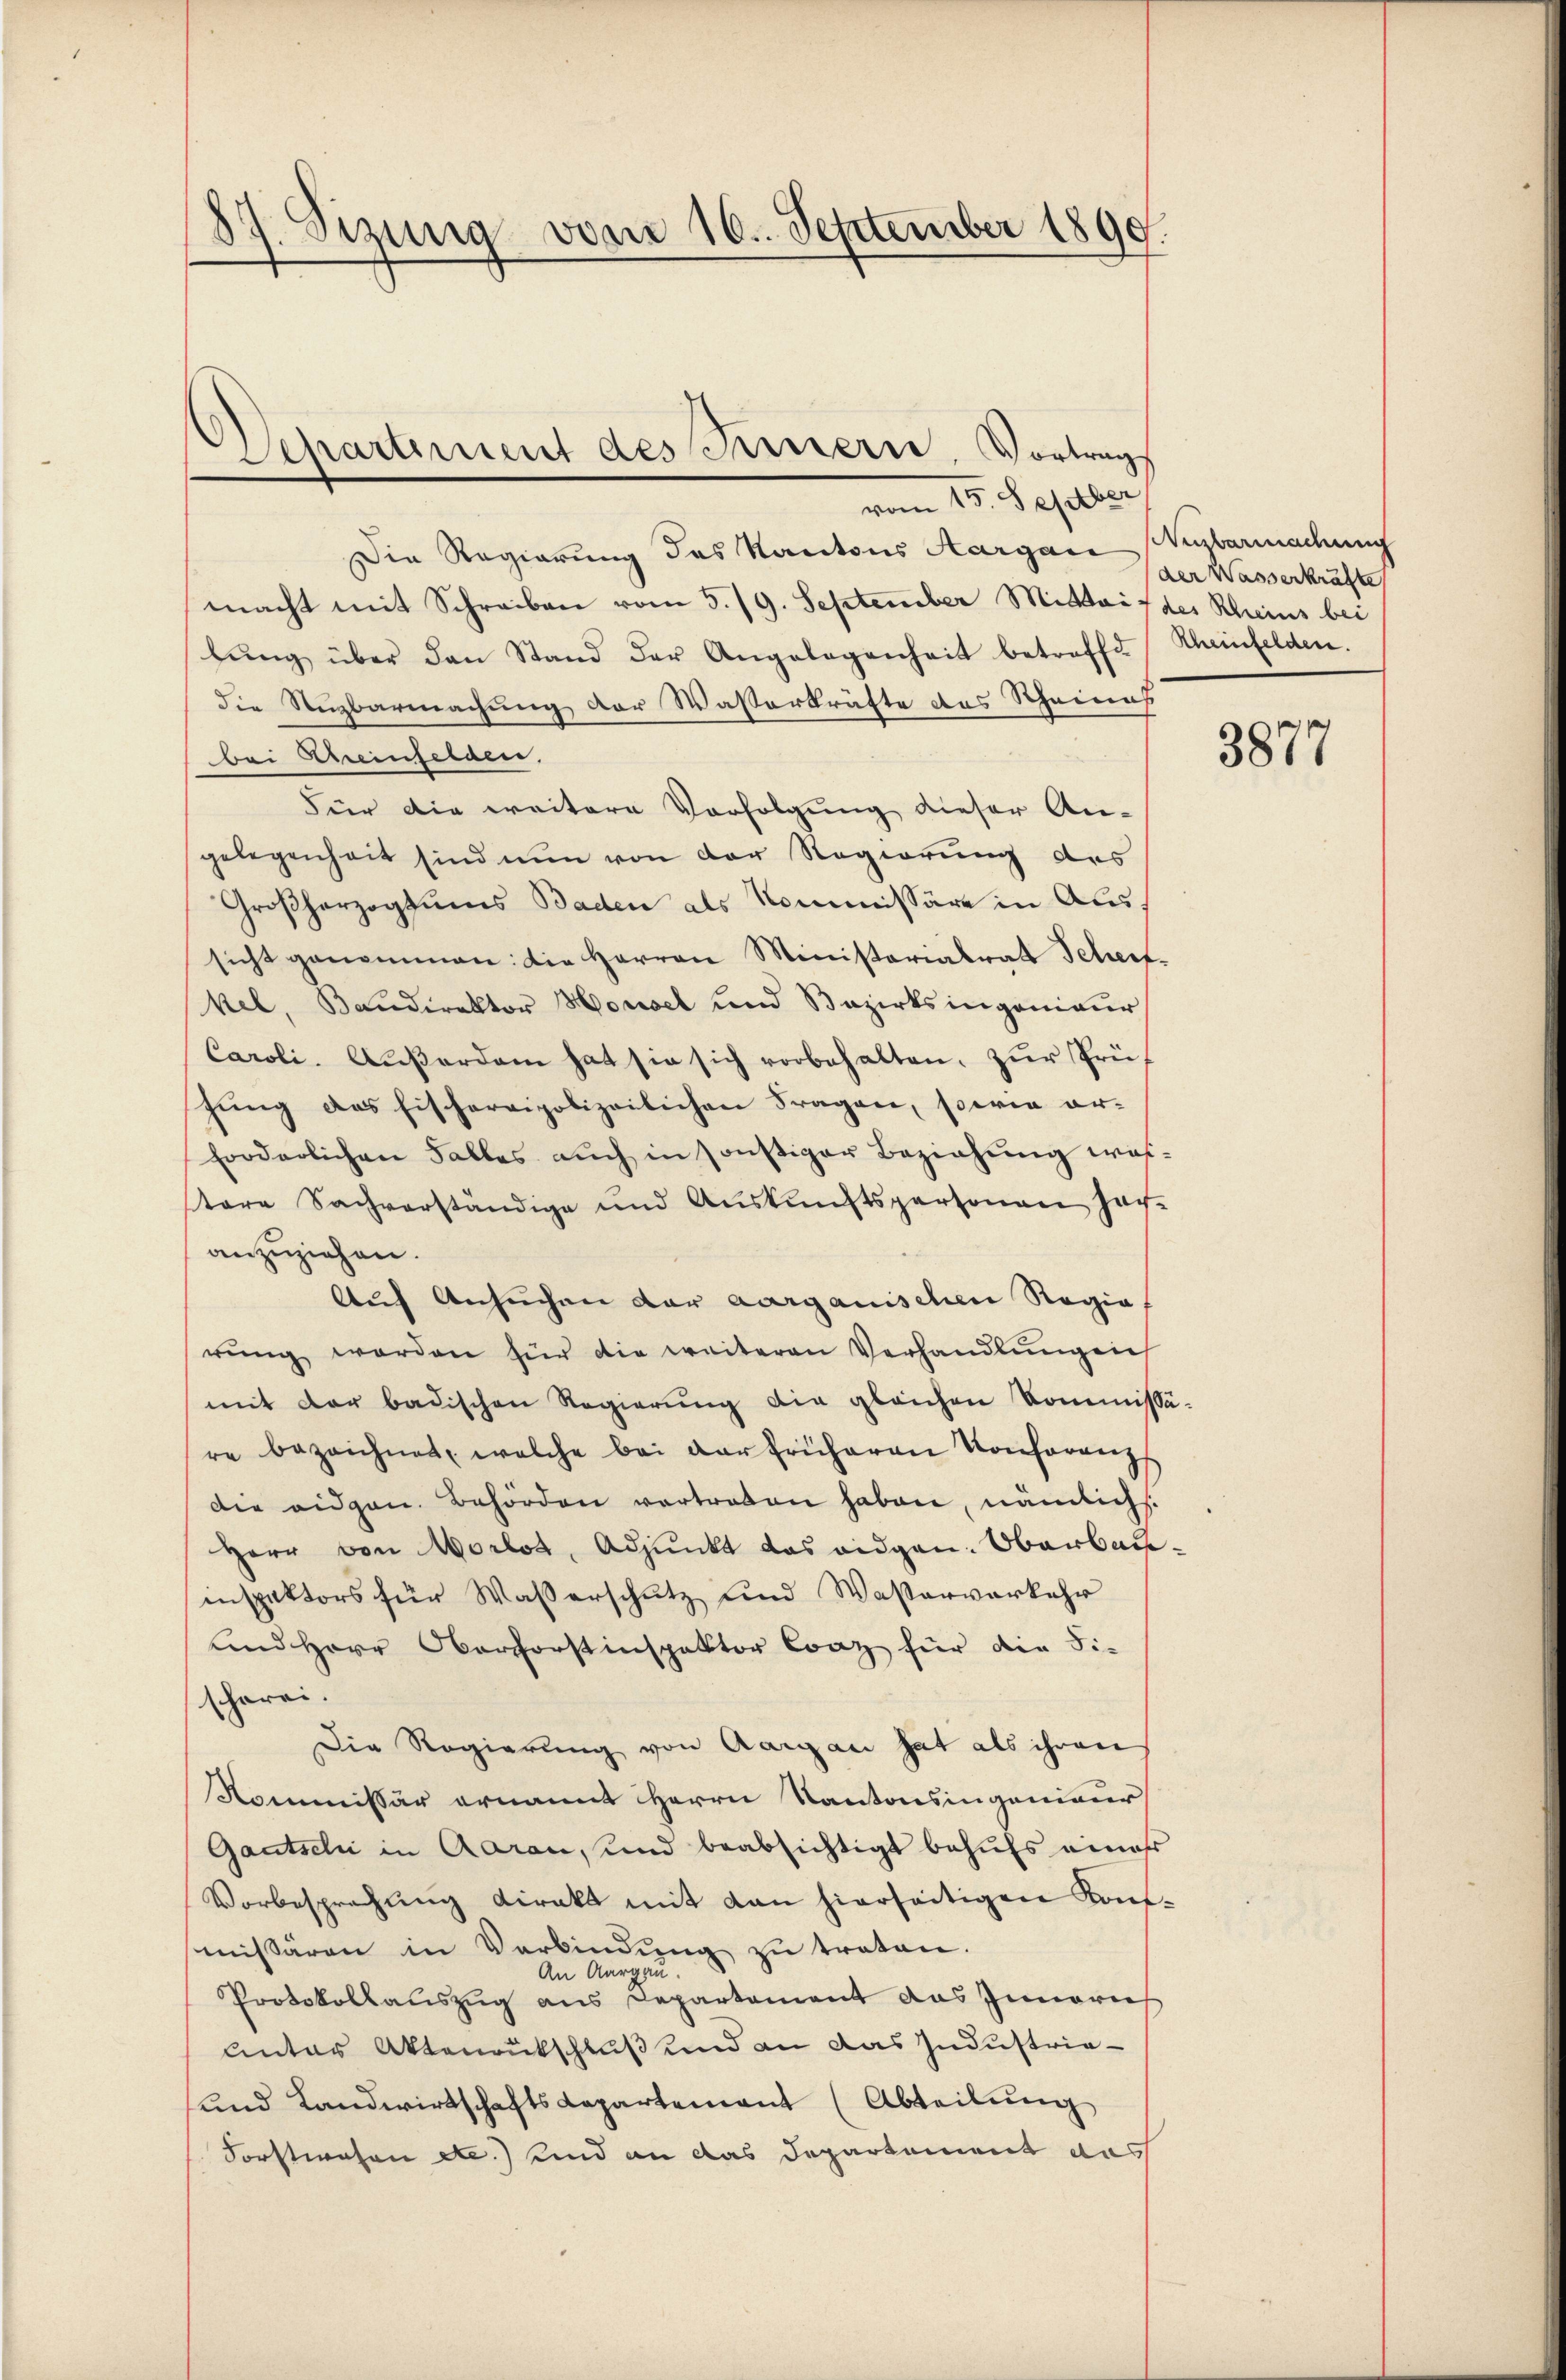
d
17. Sizung vom 16. September 1890.

vom 15. Septber
Die Regierung des Kantons Aargare Wegbarmachung
macht mit Schreiben vom 5./9. September Mittait des Rheins bei
bŭng über den Stand der Angelegenheit betreffe Rheinfelden.
die Ruzbarmachung der Wasserkräfte des Rheines
Bei Eheinselaen
Für die weitere Vorfolgung dieser An-
gelegenheit sind nun von der Regierung des
Großherzogtums Baden als Kommissäre in Aussicht genommen: Die Herren Ministerialrat Scheef-
kel, Bandirektor Housel und Bezirksingenieur
Caroli- Außerdam hat sie sich vorbehalten, zur Prühŭng des Fischereipolizeilichen Fragen, sowie er-
forderlichen Falles auch in sonstiger Beziehung wistere Sachverständige und Auskunftspersonen sach-
anzuziehen.
Auf Ansuchen der aargauischen Regie
rŭng werden für die weiteren Verhandlŭngen
mit der badischen Regierŭng die gleichen Kommissä-
re bezeichnet, welche bei der früheren Konferenz
Die eidgen. Behörden vertreten haben, nämlichs.
Herr von Morlos, Adjunkt das eidgen: Oberbauinspektors für Wasserschutz und Wasserverkehr
und Herr Oberforstinspektor Conz für die Fi-
scharei.
Die Regierung von Aargau hat als ihren
Kommissär ernannt Herrn Kantonsingenieur
Gautseli in Aaran, und beabsichtigt behufs eines
Vorbesprechung direkt mit dan hierseitigen Kaufmissären in Verbindŭng zŭ traten.
zu
An Aara
Protokollauszug aus Departement das Innereis
anter Aktenrutschluß und an das Industria-
und Landwirtschaftsdepartement (Abteilŭng
Forstwesen etc.) und an das Departement das

Deparament des Innern, Vortrag

der Wasserkräfte

3877